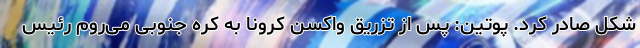
شکل صادر کرد. پوتین: پس از تزریق واکسن کرونا به کره جنوبی می‌روم رئیس